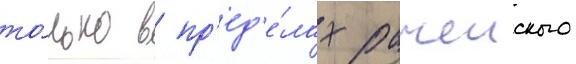
то́лько в пр'ед'е́лах рачеиского